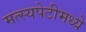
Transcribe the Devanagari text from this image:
मत्स्यपेटीमध्ये